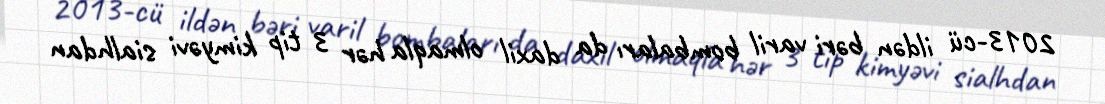
2013-cü ildən bəri varil bombaları da daxil olmaqla hər 3 tip kimyəvi sialhdan